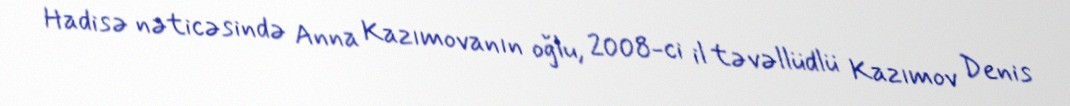
Hadisə nəticəsində Anna Kazımovanın oğlu, 2008-ci il təvəllüdlü Kazımov Denis